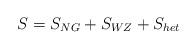
LaTeX: \begin{align*}S= S_{NG} + S_{WZ} + S_{het}\end{align*}